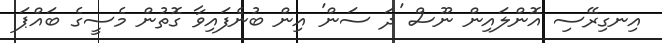
އިނގިރޭސި އޮންލައިން ނޫސް 'ދަ ސަން' އިން ބުނެފައިވާ ގޮތުން މެސީގެ ބައްޕަ